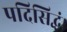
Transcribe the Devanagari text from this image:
पदिसिद्धं।